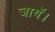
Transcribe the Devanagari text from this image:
जायॅ।